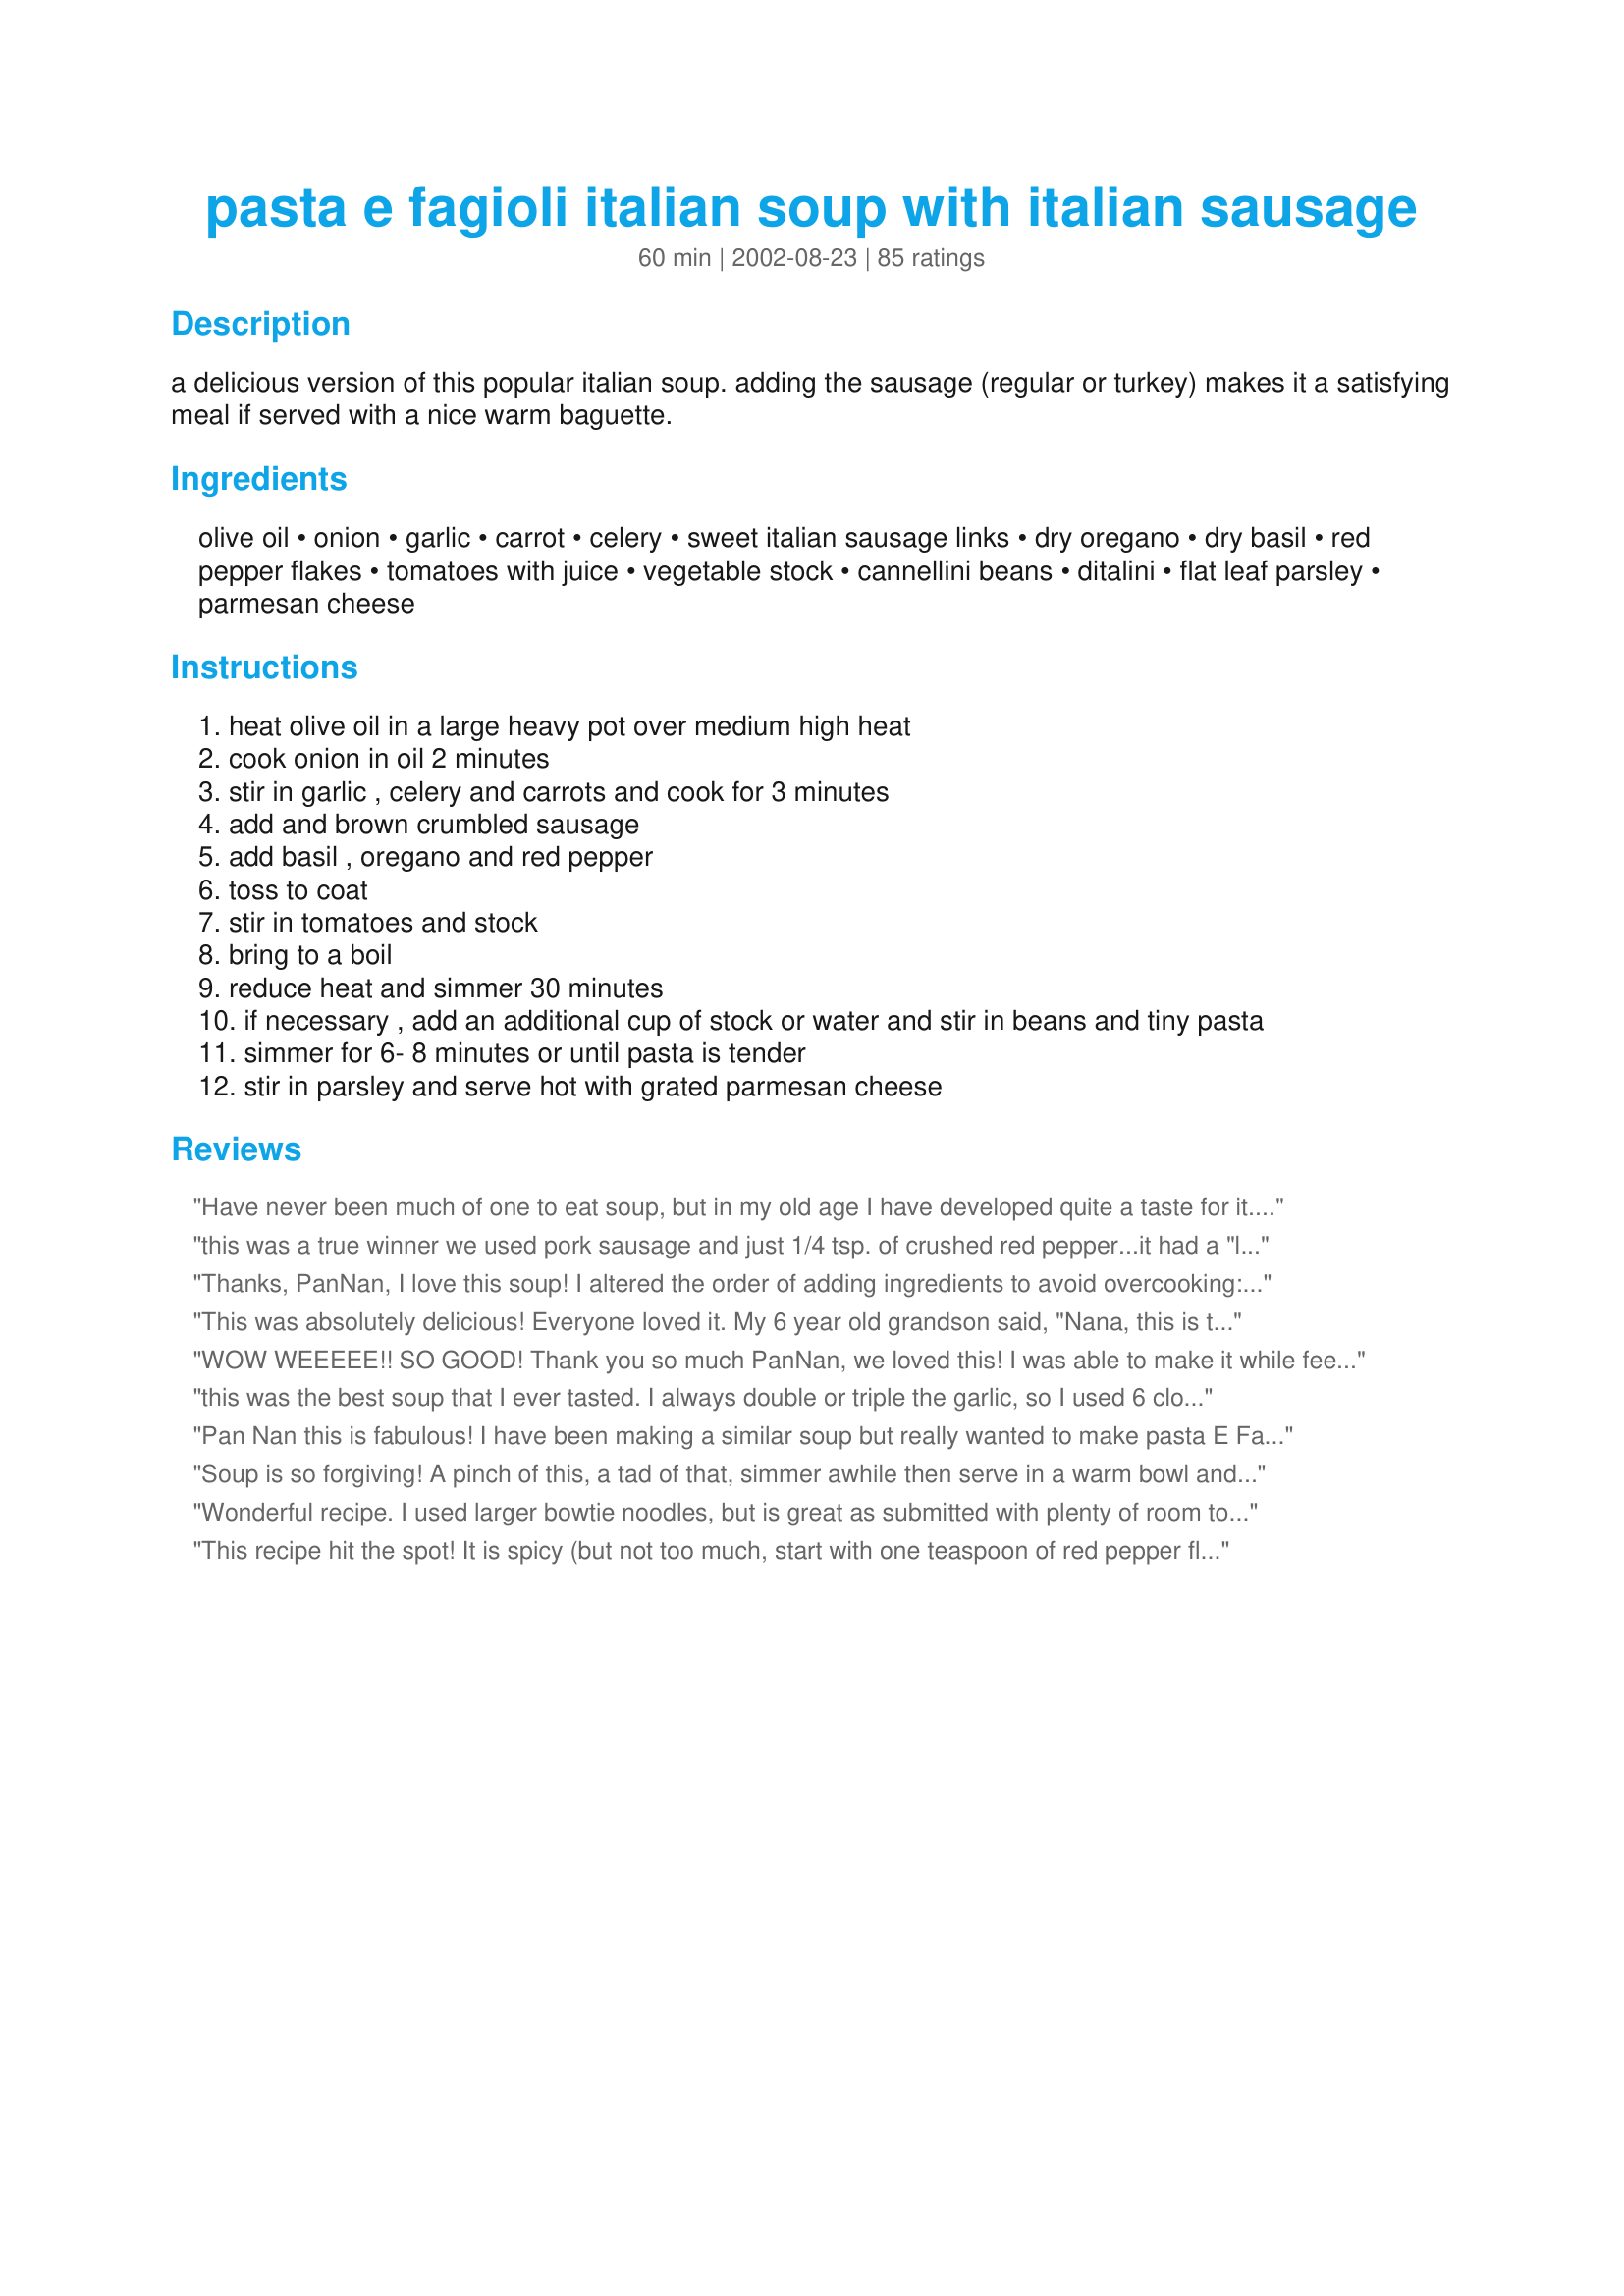
pasta e fagioli italian soup with italian sausage
Preparation time: 60 minutes

a delicious version of this popular italian soup. adding the sausage (regular or turkey) makes it a satisfying meal if served with a nice warm baguette.

Ingredients:
olive oil, onion, garlic, carrot, celery, sweet italian sausage links, dry oregano, dry basil, red pepper flakes, tomatoes with juice, vegetable stock, cannellini beans, ditalini, flat leaf parsley, parmesan cheese

Steps:
heat olive oil in a large heavy pot over medium high heat
cook onion in oil 2 minutes
stir in garlic , celery and carrots and cook for 3 minutes
add and brown crumbled sausage
add basil , oregano and red pepper
toss to coat
stir in tomatoes and stock
bring to a boil
reduce heat and simmer 30 minutes
if necessary , add an additional cup of stock or water and stir in beans and tiny pasta
simmer for 6- 8 minutes or until pasta is tender
stir in parsley and serve hot with grated parmesan cheese

Reviews:
Have never been much of one to eat soup, but in my old age I have developed quite a taste for it. This one is, far and away, one of the best I have found. I was rather leary of using the 1-2 teaspoons of red pepper flakes so I used just a bit less than 1 teaspoon, but I think a little more would have been better -- but since I used sweet Italian sausage I think the next time I will use hot sausage and then I believe the 1 teaspoon of pepper flakes will suffice. Both my wife and I thoroughly enjoyed this soup and I am confident it will become standard fare in our kitchen. Thanks for posting this, PanNan. I owe you -- BIG!
Up-dated comments 11/2/07: For those watching for bargains, I had been buying Italian imported beans at an Italian-oriented market for $1.89 per can. Recently we had a 99-Cent store to opening in our neighborhood. The same brand of imported cannellini beans are available at 2 cans for 99-Cents! Keep your eyes open for these spreading franchise stores -- They are fun to shop and, you save a bundle, too!
this was a true winner we used pork sausage and just 1/4 tsp. of crushed red pepper...it had a "little kick" thanks for such a winner....we will make this again and again
Thanks, PanNan, I love this soup! I altered the order of adding ingredients to avoid overcooking: I browned the sausage before adding onion, garlic, and celery. I added carrots with the stock (and any other root veggies on hand: potatoes, parsnips, etc. should go then). Also, if using dry beans, they can be boiled separately for an hour after their "soak" and added with the root veggies. I waited until the end and added canned diced tomatoes when I added the pasta so the tomato chunks wouldn't get too cooked down (small "veggies for soup", corn, peas, etc. should also be added here).
This was absolutely delicious! Everyone loved it. My 6 year old grandson said, "Nana, this is the most "delightful" soup that I have ever eaten!" (Now, that is a five star compliment) I will be making this quite often. Thank you very much.
WOW WEEEEE!! SO GOOD! Thank you so much PanNan, we loved this! I was able to make it while feeding my 11 month old daughter. It's the first cold day in November here in Houston and I thought it would be nice to have soup...boy was I right!! Used turkey sausage and it was perfect! A million thanks, I'd give this one 10 stars if I could!!! :)
this was the best soup that I ever tasted. I always double or triple the garlic, so I used 6 cloves that I chopped tiny. I like chunks. Instead of ditalini, I used orrechiete (little ears). I also used cheese and parsley sausage out of the casing. It was just incredible! Must use more garlic!!
Pan Nan this is fabulous! I have been making a similar soup but really wanted to make pasta E Fagioli. I followed your directions exactly minus the red pepper (1/2 tsp). I did put a dish on the table for additions to anyone's meal, I like the flavor less hot. This reminds me of the soup an old bf's mother used to make for Sunday dinners. She came from Sicily and I never met anyone who cooked better Italian than her.
This is in my FAVE cookbook and will be part of my soup rotation. Served with crusty italian bread - #175079
Plain Ole Italian Bread Fantabulous!
Soup is so forgiving! A pinch of this, a tad of that, simmer awhile then serve in a warm bowl and most everyone is happy. This receipe doesnt need 'doctering', prepared as stated,it took my husband and I about two days to eat! Thats a lot of soup for two people!! LOL..but we enjoyed it so much we had it for several meals. A bit on the spicy side for some palates, Im sure...so just reduce the red pepper and add a bit at a time if you're chicken. We love it as it is, PanNan!!! Thanks for sharing!
Wonderful recipe. I used larger bowtie noodles, but is great as submitted with plenty of room to play with.
This recipe hit the spot! It is spicy (but not too much, start with one teaspoon of red pepper flakes) and the perfect consistency to make it a meal. To go along with it, I baked a loaf of foccaia bread from frozen pizza dough. Perfect! My family loved it and asked me to make it again three days later.
I made this soup last night and it was great! Very hearty! I used hot Italian sausage which is not something I would usually do but I am so glad I did...it definatly gave this already great soup more zing! Thanks for posting.
SO tasty - thank you! I admit I was a little suspicious, the recipe was so simple that I thought it would be a little boring, but it's hearty and filling and my three (sort of) adult sons raved about it. So much so that one of them harangued me to make another pot for him to take to a friend's housewarming - and it's so easy, I was able to play the role of Exceptional Mother and agree to do it (parent points!) Didn't change anything except that I upped the garlic because...well, because garlic. I also used black beans because they were in the house, so I missed out on the pretty colours of different beans...next time. Served with hot fresh cheese biscuits and YUMMY. Thank you!
Excellent recipe! The only change I made was to use Red Pack Diced Tomatoes with Green Chilies and left out the red pepper.
My family loved this!!! Just a touch of heat, but a small enough amount that the kids could still enjoy it. Very flavorful and easy to fix! Thank you!!
This soup was just excellent! I used the hot Italian sausage and it was very tasty, next time when I use the hot sausage I will leave out the extra shake of red peppers since my kids don't like it so spicy (although I loved it that spicy) Thank you PanNan, this one is a keeping and will be in my regular rotation!
This is delicious; used about 3/4 lb. of bulk sausage that I had from the local butcher, and fresh tomatoes instead of canned. Used orechetti (little pigs ears) pasta which I cooked in the soup. My family loved it!
I just turned the burner off! This is soup is complete! This will sound silly; for years I've thought about making this type of soup but I thought it was way over my head. I have to tell you in all honesty it was the easiest thing in the world to make! Oh yes, I did have a little sample: OMG! This is the type of thing I can throw together in 15 minutes and tell everyone I spent all day! LOL
Can you wait a minute, please while I lick my bowl clean. This soup is FANTASTIC! I followed the recipe exactly but did make a few changes. The first change I made was to cook it in my crock pot on Low for 10 hours. I didn't add the past until the last 10 minutes. I only made one more change and that was to add four cans of chicken broth.
So good and super easy! The i added 4 stalks of celery but I think I could&#039;ve used more. I also used 2 cups of pasta. The kids loved it! Will definitely make again!
This was delicious! Easy to make too! I will definitely make this again and again.
Being Italian, I love pasta Fagioli but have never added sausage before. I got sausage out for dinner and the casing was split on one of the links so I researched for a recipe with sausage out of the casing and came across this one. We loved it and took the leftovers to my Italian mother who asked for the recipe. I didn't change a thing. I will make this often. Thanks
So delicious and really warmed our insides during this recent cold spell! I added this to my favorites to have again soon!
Yummy! I made it with home made chicken broth and used turkey sausage. Also used pinto beans instead. Beware of the crushed red pepper, it can pack a punch.
This was so easy to put together and it was delicious. That makes it a winner in my book! I made it exactly as written and I wouldn't change a thing. Thank you for sharing such a great recipe!
Made this with Hot Turkey Sausage and veggie broth and it is wonderful! Very tasty and very WW friendly! Thanks PanNan this has become a staple in my house as well as 3 of my girlfriends homes.
Excellent and easy! I did not have chopped tomatoes, so I used a 15 oz can of diced tomatoes. I also cooked the pasta separately while the soup simmered. We had left overs and took them up north over the New Year weekend for lunch after snow-mobiling. Everyone asked for the recipe.
PanNan, this soup is simply delicious. Savory, satisfying flavors, a bit of spice, and great variety in textures. This worked wonderfully with hot turkey italian sausage, a 28-oz can of diced tomatoes, and fresh oregano and basil. Based on previous reviews, I added extra water (about 5.5 cups), and I elected to cook the pasta separately so I could add it to individual portions (I don't like waterlogged pasta in my leftovers). This soup was wonderfully complemented by Roxygirl's Foolproof Focaccia. Thanks for posting your recipe for this simple but tasty soup!
Excellent and easy to modify to what we had in the cupboards and fridge. Ended up using a 32 oz can of whole tomatoes that I diced and breakfast turkey sausage - still turned out delicious. My husband even said it was a keeper!
Loved this soup. A lot of flavor for a minimal investment of time and effort. I like my pasta e fagioli on the thin side (without "watering" it down) so I boiled the pasta separately and then added it to the soup.
WOW! Made this last night - for guests who were EXTREMELY impressed! Got a jump on food-prep earlier in the day and assembled this as we chatted...SO EASY! A great first course to our Italian feast! Will make again and again! Served with fresh bread sticks, SO SO GOOD! Thank you, thank you, thank you!!!
Very good soup! Forgot to add the small pasta, didn't miss it. Used two cans of great northern beans instead of the cannellini beans because my store doesn't carry them.
This soup is wonderful! I am having an italian themed dinner party and this will be one of the soups. I made it exactly as directed and wouldn't change a thing. Thanks@
One of the things I love most about Pasta E Fagioli is just how many different things you can do to it and it is still AWESOME! It is pretty hard to screw up anything that starts with... Garlic, Tomatoes, Pasta and Sausage. In the end it might seem more like Minestrone Soup. Like mine did, as I examined the fridge and found some Green Bell Peppers and Mushrooms that I tossed in for good measure and fridge cleaning purposes.
First time making this soup. Forgot to top with cheese. Didn't notice though. Had my 14 yr. old son add in the seasonings...think he may have added alittle too much red pepper flakes cause it was HOT! We all loved it though. Will definately be making this again and again. Smiles :-) LOVE IT!
Excellent flavor on this soup. I made half a recipe and we still have a lot leftover. Will be great to have later on this week.
Winner! A great 'can't figure out what kind of soup I feel like' soup! It has meat, beans, veggies, noodles - and they all blend together to create a fantastic, complex (but subtle) soup. I actually topped mine with mozarella, but parm would be great too! Thanks!!!
This soup was amazing, got great reviews from my friends at the office. I did not change anything 
with the recipe.
Very good. My whole family loved it--my husband ate 3 bowls!! I also added extra carrots and celery. I think I will also add spinach next time. Thanks for the recipe.
Yum! This was very enjoyable. Filling and flavorful. Thanks for sharing! Culinary Quest &#039;14
Delish! The only change I made was to use the last of the tomatoes from our garden pureed in the blender and mild Italian sausage. It was perfect. I have a little leftover that I will thin out a bit with with more chicken broth. A really fine hardy soup for those cold winter days.
My husband and I made this last night and it was amazing!! Best soup I have ever had...EVER! The only thing I changed was I added a little less of the seasonings than it called for. But other than that I loved it and I will definitely be making this again.
Very good!! I made it with the sweet sausage but will definitely use hot next time. I also used black beans because that is what I had on hand. Cooked the pasta separate then added at the end. This is a do again for sure.
Oh, this was so good! I used a 1lb of bulk sweet Italian sausage and the chicken stock. Topped with some fresh parmesan cheese and served it with fresh bread. Awesome! Made for the Babes of ZWT4.
Five stars I cannot express how good this is.. and it wasn't a huge pot of soup like I usually end up with.. Pasta E Fagioli.. food.com!! Topped w/ freshly grated Parmesan!!!!!! I used all fresh herbs and a larger pasta (all those goodies get inside the pasta) and served w/ warm baguette.,AMAZING!!
My kids love it. They call it my famous italian soup.
I tried to stick to the recipe, but I only had 1/2 pound of sausage and only dried parsley. I used 1/2 chicken broth and 1/2 vegetable broth. Also, to make up for the lack of sausage, I used dried tortellini, which I pre-cooked. The end result was wonderful in spite of all the substitutions. I'm replacing my old recipe for pasta e fagioli with this one. It is a winner!
Fabulous Soup!! I made your recipe exactly as is. Wouldn't change a thing. We ate the whole pot of soup in one day. My husband asked me why I didn't make a larger batch. I told him next time, I will double it. Thanks much for the new "keeper" recipe. Loved it.
INCREDIBLE! Thank you for posting this wonderful recipe!!! This soup was delicious! I was serving it to a 4 & 6 year old so only used 1 tsp red pepper flakes. I also "hid" other vegies in (peas, orange pepper) They thought it was delicious and gave it 2 thumbs up. I used garlic sausage as it was all i had & it was great! This is a definite keeper!!!!
I liked this recipe and it had lots of flavour.My 12 year old daughter ate 2 bowl fulls. The only thing I did different was to reduce the amount of basil and oregano to 1 tsp. and only used 1/8 tsp of red pepper flakes. I also used tomatoes with spicy red peppers. Next time I will drain the fat from the sausages, as mine were a little greasy. Thanks for the recipe.
We had this for Sunday night supper with some hot crusty bread. I used Chicken Sweet Italian Sausage and chicken stock. Since I cooked my small shell pasta in the soup I had to add more stock than called for. I cut back a little on the red pepper flakes and it was still wonderfully spicy. Next time I will add some fresh spinach as suggested by one of the reviewers. Wonderful soup and I have moved to my "Tried and True" file. Thanks for posting.
This soup was a great hit in my house. I will be keeping this one in my recipe box for that go to soup when the cold months hit. Followed recipe to exact and cooked it in the slow cooker. smelled delish and tasted even better...
I have tried so many recipes for Pasta E Fagioli and they have never been quite right. WELL, this is THE ONE. It was fabulous. The only item that I didn't have was the fresh parsly and I used dried. I will try to keep this and some frozen bread sticks in the freezer at all times.
Wonderful on a chilly evening! Everyone in the family went back for more. I used a can of stewed tomatoes, 1 can of kidney beans and 1 can of cannelini and added 2 cups of chopped kale and an extra cup of chicken broth with the pasta. Excellent recipe. Thanks for sharing!
Very nice. A bit much red pepper for me. I'll use only 1 tsp next time. And I drained nothing. I used not only the tomato juices, the bean juices and all four cups of broth, but (don't call me crazy; I had some on hand) I added 1/2 cup of Clamato! I will make this again. Thanks, PanNan (Post date 2/18/04: BF just made a long distance call to tell me this was the best ever and he wants to eat bowls and bowls of it!!! Thanks, PanNan)
This is very good...even better the next day after the flavors blend. I left out the beans and celery and added extra carrots and served it with garlic bread. Thanks for a keeper!
This is just the best kind of soup as far as my husband and I are concerned. Tasty the day you make it, even better the next day. I subbed great northern beans. Used 1 1/2 tsp of pepper flakes and probably will cut that down even more to 1/2 tsp...just a little hot for my husband's palate though that did not keep him from polishing off left overs.

I served this with Soft Italian Bread Sticks (# 104628) and this was a wonderful meal.
My family really enjoyed this. I left out the carrot and celery (as I had a salad w/them and it didn't hurt the flavor)and used beef broth, great northern beans and sweet Italian sausage. This is a great recipe to be tweaked to a family's preferences. Thanks PanNan.
Going right into my "WOW" cookbook. Made according to recipe except left out oregano (just a preference) and used canned fire roasted tomatoes. Made with Orzo pasta and only used 3/4 cup because it seems to really multiply. Just a perfect pot of soup that I will definitely make again. Thanks so much for this super recipe!
Best soup ever! I used ground beef with 1/2 the sausage and beefed up the veges. As it simmered, I couldn&#039;t wait to taste it. The whole family loved it and I&#039;m so glad I made a double batch to freeze. Nice and hearty!
PanNan, I loved this soup, I had it the next day for breakfast and lunch as well. I wasn't happy with the type of sausage I used and would try another brand. Robust flavor and easy to prepare. I posted a review of this a few days ago, however, it never made it to the boards but my follow up comments did. Sorry! Hope this one goes thru!
My husband said this is very hearty and very good, so I will add it to my collection. I confess I ate three(!) bowls myself (without bread). I have said before that it seems any soup made with Italian sausage is good. Thank you, PanNan.
This soup was a huge hit in our house! It is a very hearty soup bursting with flavor. The soup is also very appealing to the eye with the red, orange, white and green colors from the vegetables and beans. This soup is hearty enough to be a stew/chili as it is not loaded with broth. I doubled the recipe using hot Italian sausage and ground beef (I only had hot Italian sausage which was too much heat for the entire family). I used a couple of extra carrots and stalks of celery to beef up the vegetables. I was unable to locate cannellini beans at my grocery store so I substituted navy beans which are also white. I can't say enough about how great this soup tasted. Thank-you so much for sharing your recipe!
this is surprisingly good! i didn't have any spinach or cheese, but it turned out delicious anyway! thanks alot!!!
Very good soup! I used hot Italian sausage, a sweet Vidalia onion, more carrots and celery than called for in the recipe. I also added a combination of parmesan, romano and asiago cheeses. This is delicious. Made for ZWT4 for the Tastebud Tickling Travellers.
Delicious! I made this in my crockpot. I browned the sausage , sauteed the vegetables, and added them to the crockpot with everything else except the pasta and parsley. I cooked my pasta seperately and added it at the end with the parsley.I used sweet Italian sausage and 1 teaspoon red pepper flakes and it was perfect in the heat department but a little too spicy for my 7 yr old son , so next time I'll probably have to use just 1/2 teaspoon and add more to my bowl. I added zucchini , a bay leaf and more carrots/celery , 6 cloves garlic and used 3 (14-1/2 ounce) cans chicken broth. I started it out on HIGH for a couple hours and then switched it to Low. Cooked it for a total of five hours. I served it with some grilled cheese sandwiches. This was such a comforting and tasty soup on a very cold and rainy day! Thank you so much for the great recipe.....going into the keeper file! I would love to add some fresh chopped spinach to this! UPDATE:I made this again, this time on the stovetop because I wanted to make more than my crock pot would hold.Just as yummy! I browned the sausage first, drained it and added it back in after the vegetables were sauteed. I did add a 6 ounce bag of baby spinach in at the very end, with the pasta shells I cooked separately , and that is a delicious addition I would reccommend! We are eating again it tonight! One of my favorite soup recipes, much thanks Pan Nan!
Very good! Quick and easy. I didn&#039;t have celery and used 3 carrots and great northern beans as that is what I had.
Great Soup, I cant wait for leftovers later in the week. Yummo. Thanks PanNan
This is a marvelous recipe. I cooked 1/2 lb of navy beans and my family of 4 women was scraping the pot. I didnt have the small shells so I used about 3/4 cup elbow macaroni, cooked about 3-4 minutes and let them finish without heat for about 10 minutes. Perfectly al- dente. This would get 10 stars if this site would let me.
I made this tonight for my family. My 11 year old daughter is very picky, especially when it comes to textures, but she LOVED this! She even said the beans (which she didn&#039;t want) were good! My 8 year old son said this recipe deserves 20 stars! The only change I made was using 1/2 tsp of the red pepper flakes vs 1-2tsp, otherwise I followed it to the letter
This is a delicious soup for a cold winter evening. Made this using the chicken stock and whole wheat pasta. After preping, I discovered that I didn't have enough Italian sausage so I substituted half Andouille sausage. The tomatoes were canned fire roasted. The individual bowls were topped of with freshly grated Parmesan cheese.
Delicious! I'm no fan of soup really and this made me want to eat soup all the time! I did make some changes however, using what I had on hand. I used elbow macaroni instead of shell pasta, kidney beans instead of cannellini, no celery (don't like it), beef stock instead of chicken and dumbed down the red pepper flakes to avoid too much kick. I was wondering what to do with extra italian sausage links leftover from our spaguetti meal and this is a perfect way to use it!
Three words: To Die For!!!
I loved this soup. I sauted the sasuage with some bacon I wanted to use up. To make it more of a chunky soup I added potato's and zucchini. I did not use any wine cuz I didn't have any on hand and it was still great. Between me and my girls the whole pot is gone. Now you know that was a good soup!
And look at that!....I took a picture...hehehehe
This is my new favorite soup ever! I made this with fresh made hot italian sausage from the italian butcher shop. I made a couple or small changes, leaving out the carrots, and cutting back on the hot pepper flakes to a couple of pinches,as the sausages were already quite spicey. I also used orzo pasta instead of the shell pasta. I don't like big fat pasta in my soups. I cooked the pasta seperate and added it as needed to the soup. This is a great recipe and would be fabulous exactly as written. Thank you PanNan for a real keeper.
I made this the other day and OMG was it good! I will d
Though I sliced up Italian sausage and used beef broth instead of chicken, I made the recipe as written. Lovely. I'm going to try it again just "as written", because I'm quite sure it will be wonderful as well. 

It has a surprisingly "slow-cooked" taste and texture for the short prep/cook time. This soup's a keeper, PanNan, thanks!
Delicious!! This soup is absolutely yummy. It&#039;s easy to make and has big, big flavor. I used an extra cup of liquid because I couldn&#039;t help add more noodles. This soup is a hit! Thank you. Made for the Italy round of Culinary Quest - International Agents of Quest
This was very good the first day, but it was great on the second day. Everyone keeps asking when I'm going to make it again.
PanNan...I am sitting here at my kitchen table slurping down this wonderful soup on our first cold, blustery day. Love it. So easy, quick and comforting. I like the fact that the ingredients are things normally found in the pantry and fridge, but not jarred spaghetti sauce, etc. I did add a peeled and chopped potato...just cuz! Very tasty and warming lunch. Thanks so much for sharing.
I am a soup lover & make soup 1-2x/ week. I've gotta say that this soup is OUT OF THIS WORLD yummy! Worthy of more than 5 stars. I used hot Italian sausage so I omitted the additional red pepper. Also used chicken stock and white beans instead of cannelli beans. I boil the pasta separately and we add to our individual bowls. Simply amazing! Very easy to make ahead and let coast until dinner time. Thanks for a fabulous soup PanNan!
this was fabulous!! I LOVED it! i use to make this type of soup with ground beef and in the crock pot but honestly i prefer this way much better! I used Hot italian sausage and still used the red pepper flakes - we like things hot! very flavorful it was soooooooo yummy! i had to double the recipe since my family eats a ton of soup... i also substituted great northern beans and used canned chopped italian tomatoes. made this also using orzo noodles.. YUM!!! oh and i cooked the noodles separately and just added them to our individual bowls - i don't like adding them to the soup to cook... definitely a keeper and will become a staple in our house!
Great and easy! Brought this recipe to my Girls Gourmet night and everyone loved it. All of us plan on making at home in the near futrue. We used sweet sausage but I love spicey so I will try it with the hot soon. Thanks
SO GOOD. And so easy. It&#039;s now one of my &quot;go to&quot; recipes. Other than the sausage the ingredients are things I almost always have on hand. I didn&#039;t have cannelloni beans so used black beans. Everything else followed the recipeexactly. For &quot;tiny pasta&quot; I went really tiny and used Barilla orzo. Rarely do I find something we all just LOVE but this is one of them.
This was quite tasty. I opted to do without the meat and added an extra carrot. I used 2 tsp of red pepper flakes which I found to be way too much for us and we usually like things really spicy so I ended up adding an extra 2 cups of broth. The flavor was good and I'm looking forward to trying it again with less red pepper flakes.
Very good soup. I used less then pound of mild Italian sausage, more carrot and celery, and chicken stock. Cooked my pasta separate and added it at the table as much as everyone wanted knowing my husband would rather skip it altogether. Served it with fresh Parm to top and some crusty bread. Had to take a cat nap afterward I was so full. Thanks for sharing. Made for ZWT4.
